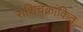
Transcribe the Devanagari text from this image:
राशिचक्रांकित